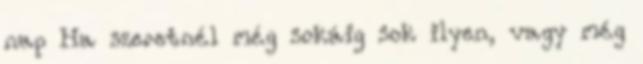
nap Ha szeretnél még sokáig sok ilyen, vagy még